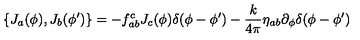
\{ J _ { a } ( \phi ) , J _ { b } ( \phi ^ { \prime } ) \} = - f _ { a b } ^ { c } J _ { c } ( \phi ) \delta ( \phi - \phi ^ { \prime } ) - \frac { k } { 4 \pi } \eta _ { a b } \partial _ { \phi } \delta ( \phi - \phi ^ { \prime } )